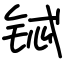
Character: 铽